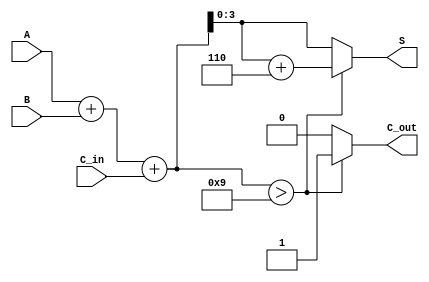
module BCD_Adder (
    input  [3:0] A,      // First BCD digit
    input  [3:0] B,      // Second BCD digit
    input        C_in,    // Carry-in
    output reg [3:0] S,   // Sum output (BCD)
    output reg C_out      // Carry-out
);

    wire [4:0] binary_sum; // 5 bits to accommodate carry
    wire correction_needed;

    // Step 1: Perform binary addition
    assign binary_sum = A + B + C_in;

    // Step 2: Determine if correction is needed
    assign correction_needed = (binary_sum > 9);

    // Step 3: Calculate the BCD output and carry-out
    always @(*) begin
        if (correction_needed) begin
            S = binary_sum + 4'b0110; // Add 6 for correction
            C_out = 1;                 // Set carry-out
        end else begin
            S = binary_sum[3:0];       // Use lower 4 bits
            C_out = 0;                 // No carry-out
        end
    end

endmodule